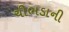
ચીભડાની